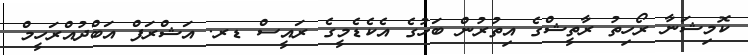
ކޮމިޝަނާ ރޯހިތު ރާތީޝްގެ އިތުރުން ބަހުގެ އެކެޑެމީގެ ރައީސް ޑރ. އަޝްރަފް އަބްދުއްރަހީމް